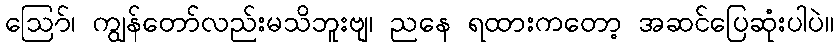
ဪ၊ ကျွန်တော်လည်းမသိဘူးဗျ၊ ညနေ ရထားကတော့ အဆင်ပြေဆုံးပါပဲ။